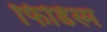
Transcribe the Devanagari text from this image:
फोिर्डस्म